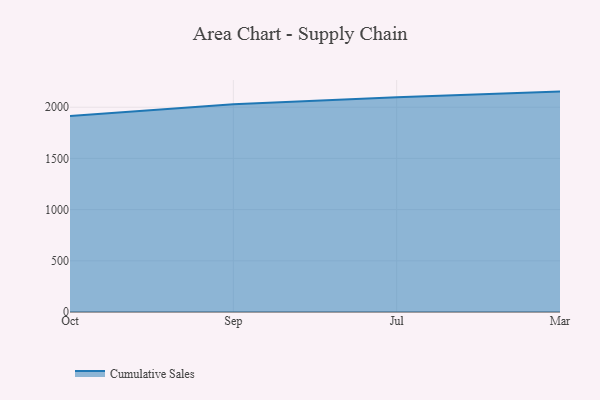
{"axis": {"x": "Month", "y": "Humidity (%)"}, "legend": ["Cumulative Sales"], "data": [{"x": "Oct", "y": 1915.1, "type": "Cumulative Sales"}, {"x": "Sep", "y": 2029.2, "type": "Cumulative Sales"}, {"x": "Jul", "y": 2098.2, "type": "Cumulative Sales"}, {"x": "Mar", "y": 2152.4, "type": "Cumulative Sales"}]}